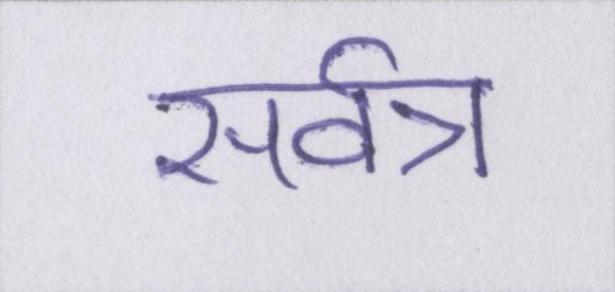
सर्वत्र